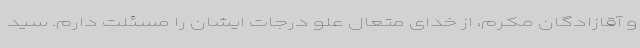
و آقازادگان مکرم، از خدای متعال علو درجات ایشان را مسئلت دارم. سید